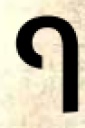
ף